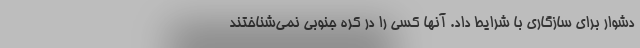
دشوار برای سازگاری با شرایط داد. آنها کسی را در کره جنوبی نمی‌شناختند